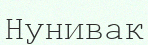
Нунивак